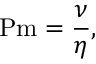
\mathrm { P m } = { \frac { \nu } { \eta } } ,